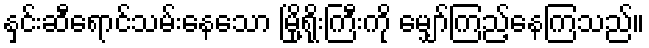
နှင်းဆီရောင်သမ်းနေသော မြို့ရိုးကြီးကို မျှော်ကြည့်နေကြသည်။